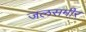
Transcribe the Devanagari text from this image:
जलसमीर